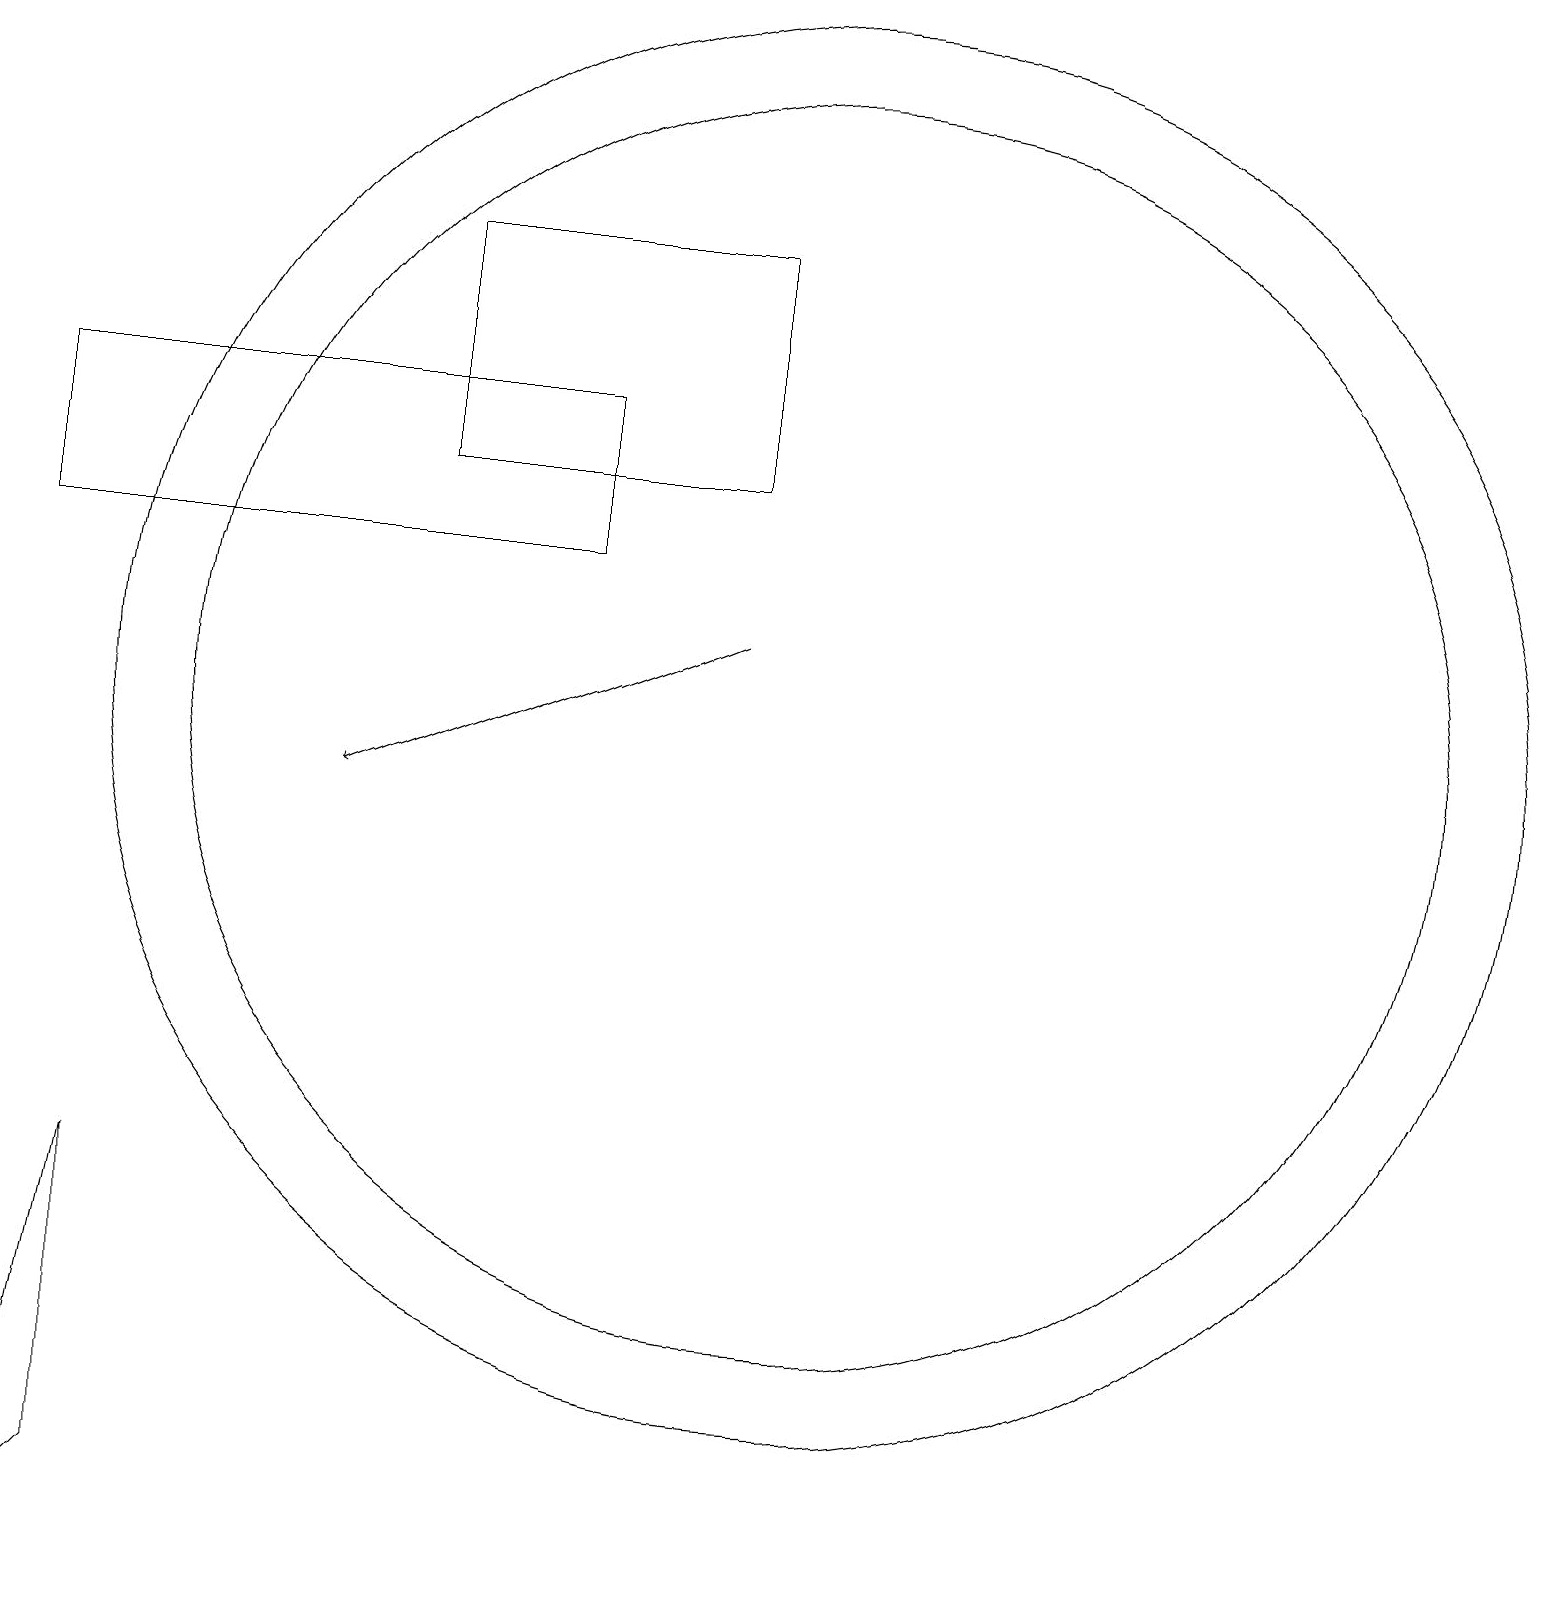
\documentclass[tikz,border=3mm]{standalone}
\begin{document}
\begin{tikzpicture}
\draw[->] (9,12) -- (4,10);
\draw (7,13) rectangle (0,15);
\draw (10,11) circle (8);
\draw (9,17) rectangle (5,14);
\draw (10,11) circle (9);
\draw (0,0) -- (1,1) -- (1,5) -- cycle;
\draw (12,11) circle (0);
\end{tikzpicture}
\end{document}